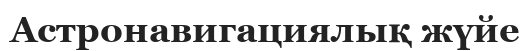
Астронавигациялық жүйе